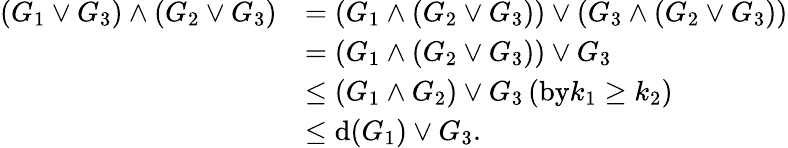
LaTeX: \begin{array}{rl}{(G_{1}\vee G_{3})\wedge(G_{2}\vee G_{3})}&{=(G_{1}\wedge(G_{2}\vee G_{3}))\vee(G_{3}\wedge(G_{2}\vee G_{3}))}\\ &{=(G_{1}\wedge(G_{2}\vee G_{3}))\vee G_{3}}\\ &{\leq(G_{1}\wedge G_{2})\vee G_{3}\, (\textrm{by}k_{1}\geq k_{2})}\\ &{\leq\mathrm{d}(G_{1})\vee G_{3}.}\end{array}